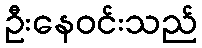
ဦးနေဝင်းသည်